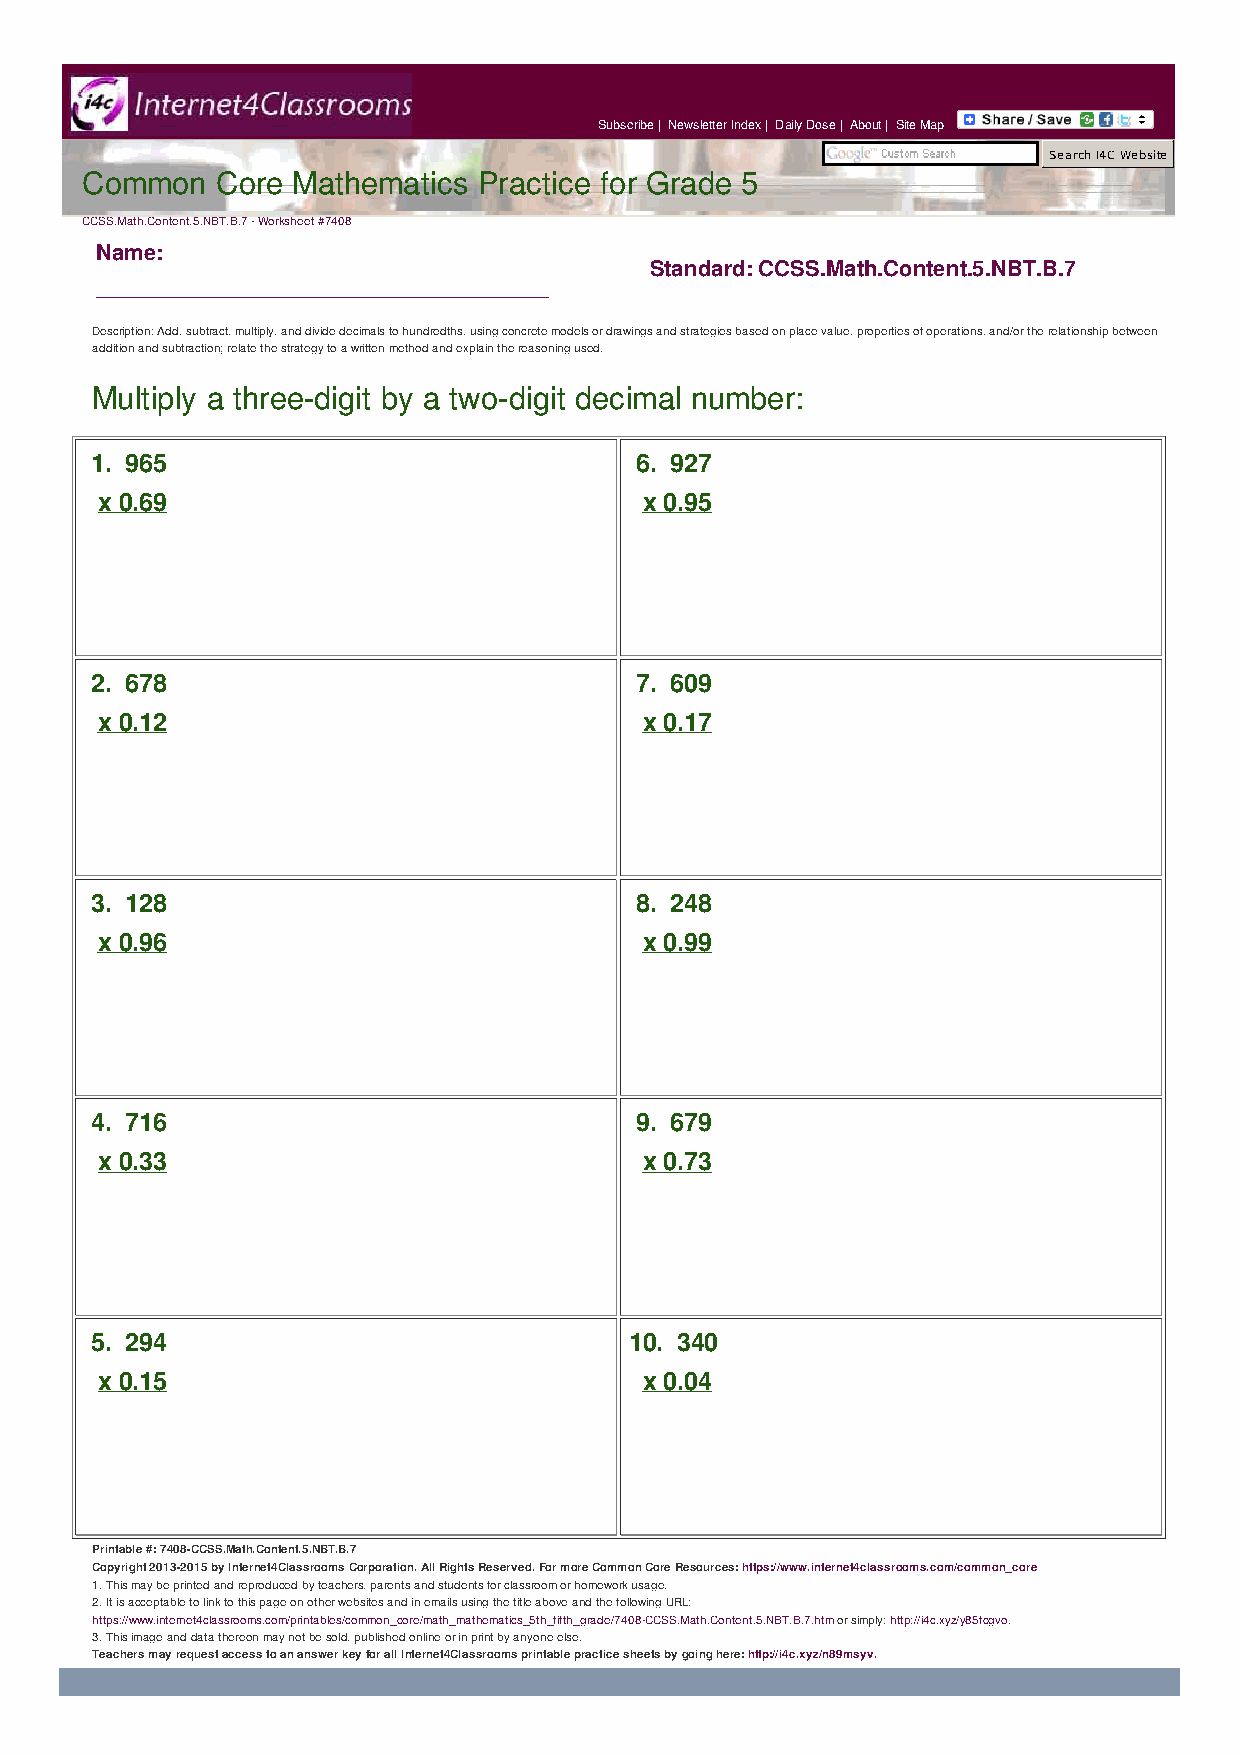
Subscribe | Newsletter Index | Daily Dose | About | Site Map
 Search I4C Website
 Common   Core Mathematics  Practice for Grade 5
 CCSS.Math.Content.5.NBT.B.7 - Worksheet #7408
 Name:
 Standard: CCSS.Math.Content.5.NBT.B.7
 ____________________________________
 Description: Add, subtract, multiply, and divide decimals to hundredths, using concrete models or drawings and strategies based on place value, properties of operations, and/or the relationship between
 addition and subtraction; relate the strategy to a written method and explain the reasoning used.
 Multiply a three-digit by a two-digit decimal number:
 1. 965                              6. 927
 x 0.69                               x 0.95
 2. 678                              7. 609
 x 0.12                               x 0.17
 3. 128                              8. 248
 x 0.96                               x 0.99
 4. 716                              9. 679
 x 0.33                               x 0.73
 5. 294                              10. 340
 x 0.15                               x 0.04
 Printable #: 7408-CCSS.Math.Content.5.NBT.B.7
 Copyright 2013-2015 by Internet4Classrooms Corporation. All Rights Reserved. For more Common Core Resources: https://www.internet4classrooms.com/common_core
 1. This may be printed and reproduced by teachers, parents and students for classroom or homework usage.
 2. It is acceptable to link to this page on other websites and in emails using the title above and the following URL:
 https://www.internet4classrooms.com/printables/common_core/math_mathematics_5th_fifth_grade/7408-CCSS.Math.Content.5.NBT.B.7.htm or simply: http://i4c.xyz/y85fcgvo.
 3. This image and data thereon may not be sold, published online or in print by anyone else.
 Teachers may request access to an answer key for all Internet4Classrooms printable practice sheets by going here: http://i4c.xyz/n89msyv.